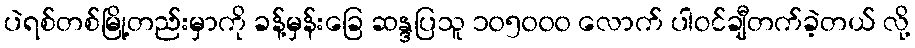
ပဲရစ်တစ်မြို့တည်းမှာကို ခန့်မှန်းခြေ ဆန္ဒပြသူ ၁၀၅၀၀၀ လောက် ပါဝင်ချီတက်ခဲ့တယ် လို့